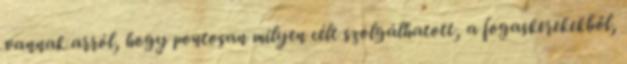
vannak arról, hogy pontosan milyen célt szolgálhatott, a fogaskerekekből,